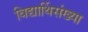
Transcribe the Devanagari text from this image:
विद्यार्थिसंख्या